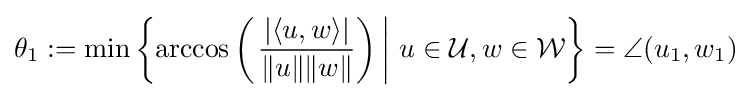
\theta _{1}:=\min \left\{\arccos \left(\left.{\frac {|\langle u,w\rangle |}{\|u\|\|w\|}}\right)\,\right|\,u\in {\mathcal {U}},w\in {\mathcal {W}}\right\}=\angle (u_{1},w_{1})